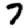
Digit: 7